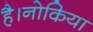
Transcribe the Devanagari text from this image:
है।नोकिया